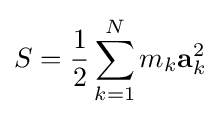
S={\frac {1}{2}}\sum _{k=1}^{N}m_{k}\mathbf {a} _{k}^{2}